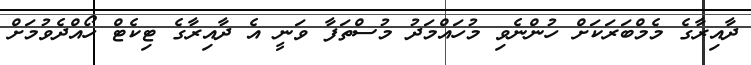
ދާއިރާގެ މެމްބަރަކަށް ހުންނެވި މުހައްމަދު މުސްތަފާ ވަނީ އެ ދާއިރާގެ ޓިކެޓް ހޯއްދެވުމަށް